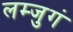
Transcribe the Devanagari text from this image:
लम्जुगं